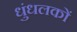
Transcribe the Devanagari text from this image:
धुंधलकों